Vaccination in Burma 1889-1999 - 1889-1999
Year: 1889
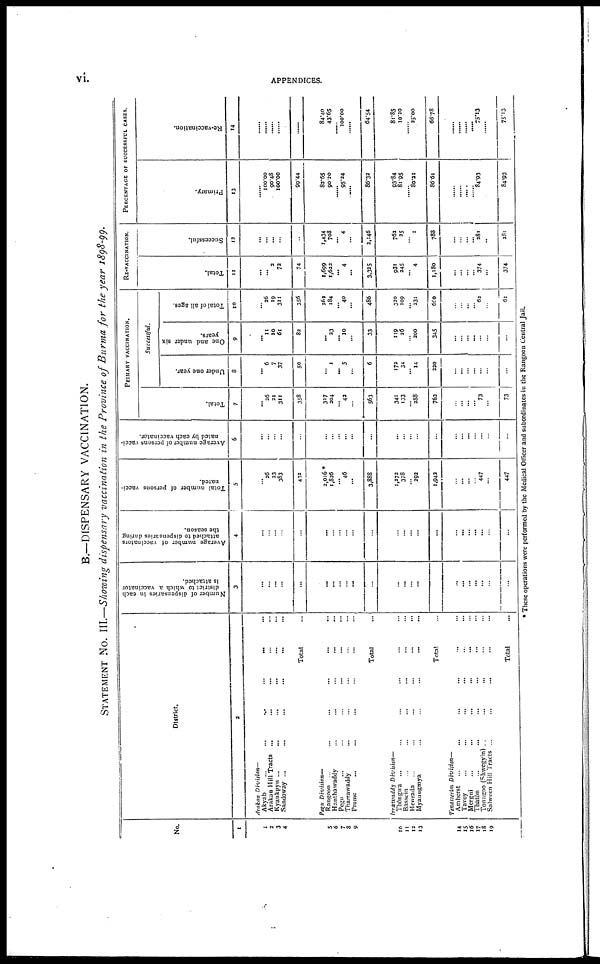
vi.
APPENDICES.
B.—DISPENSARY VACCINATION.
STATEMENT NO. III.—Showing dispensary vaccination in the Province of Burma for the year 1898-99.
No.
1
1
1
3
4
5
6
7
8
9
10
11
12
13
14
15
16
17
18
19
District.
2
Arakan Division—
Akyab
...
...
...
...
...
...
Arakan Hill Tracts ...
Kyaukpyn ...
...
...
Sandoway ...
...
...
...
Total
Pegu Division—
Rangoon ...
...
...
...
...
...
Hanthawaddy ... ... ... ...
Pegu ... ... ... ... ... ...
Tharrawaddy ... ... ... ... ...
Prome ... ... ... ... ... ...
Total
Irrawaddy
Division—
Thôngwa ... ... ... ... ...
Bassein
...
...
... ... ...
Henzada ...
...
...
...
...
...
Myaungmya ... ... ... ... ...
Total ...
Tenasserim Division—
Amherst
...
...
...
... ... ...
Tavoy ... ... ... ... ... ...
Mergui ... ... ... ... ... ...
Thatôn ... ... ... ... ... ...
Toungoo (Shwegyin) ... ... ... ... ...
Salween Hill Tracts ...
...
... ... ...
Total ...
Number of dispensaries in each
district to which a vaccinator
is attached.
3
...
...
...
...
...
...
...
...
...
...
...
...
...
...
...
...
...
...
...
...
...
...
Average number of vaccinators
attached to dispensaries during
the season.
4
...
...
...
...
...
...
...
...
...
...
...
...
...
...
...
...
...
...
...
...
...
...
Total number of persons vacci-
nated.
5
... 26
23
383
412
2,016 *
1,826
... 46
...
3,888
1,272
378
...
292
1,942
...
...
...
...
447
...
447
Average number of persons vacci-
nated by each vaccinator.
6
...
...
...
...
...
...
...
...
...
...
...
...
...
...
...
...
...
...
...
...
...
PRIAMRY VACCINATION.
Total.
7
... 26
21
311
358
317
204
...
42
...
563
341
133
... 288
762
...
...
...
... 73
...
73
Successful.
Under one year.
8
... 6
7
37
50
... 1
... 5
...
6
172
34
...
14
220
...
...
...
...
...
...
...
One and under six
years.
9
...
11
10
61
82
... 23
... 10
...
33
119
26
...
200
345
...
...
...
...
...
...
...
Total of all ages.
10
... 26
19
311
356
262
184
... 40
...
486
320
109
...
331
600
...
...
...
... 62
...
61
RE-VACCINATION.
Total.
11
...
... 3
73
74
1,699
1,622
... 4
...
3,325
931
245
...
4
1,180
...
...
...
... 374
...
374
Successful.
12
...
...
...
...
...
1,434
708
... 4
...
2,146
762
25
...
1
788
...
...
... ... 281
...
281
PERCENTAGE OF SUCCESSFUL CASES.
Primary.
13
...
100.00
90.48
100.00
99.44
83.65
90.20
...... 95.24
...
86.32
93.84
81.95
...
80.21
86.61
......
......
......
......
84.93
......
84.93
Re-vaccination.
14
......
......
......
......
84.40
43.65
...... 100.00
...
64.54
81.85
10.20
...
25.00
66.78
......
......
...... ...... 75.13
......
75.13
* These operations were performed by the Medical Officer and subordinates in the Rangoon Central Jail.